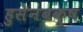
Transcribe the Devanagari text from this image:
हुसेनबक्ष